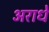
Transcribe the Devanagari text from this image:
अराधे